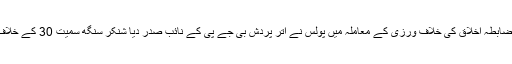
دوسری جانب مثالی ضابطہ اخلاق کی خلاف ورزی کے معاملہ میں پولس نے اتر پردش بی جے پی کے نائب صدر دیا شنکر سنگھ سمیت 30 کے خلاف مقدمہ درج کیا ہے۔